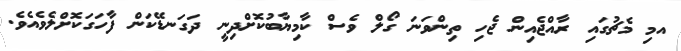
އމި މެޗުގައި ރާއްޖެއިން ޖެހި ތިންވަނަ ގޯލް ވެސް ކާމިޔާބުކޮށްދިނީ ދަގަނޑޭކަން ފާހަގަކޮށްލެވެއެވެ.